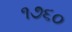
૧૭૬૦